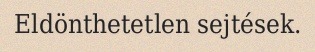
Eldönthetetlen sejtések.